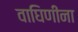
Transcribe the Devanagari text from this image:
वाघिणींना